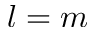
l = m